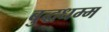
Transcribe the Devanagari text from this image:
बुद्धधम्म